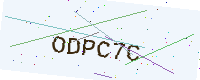
Text: ODPC7C